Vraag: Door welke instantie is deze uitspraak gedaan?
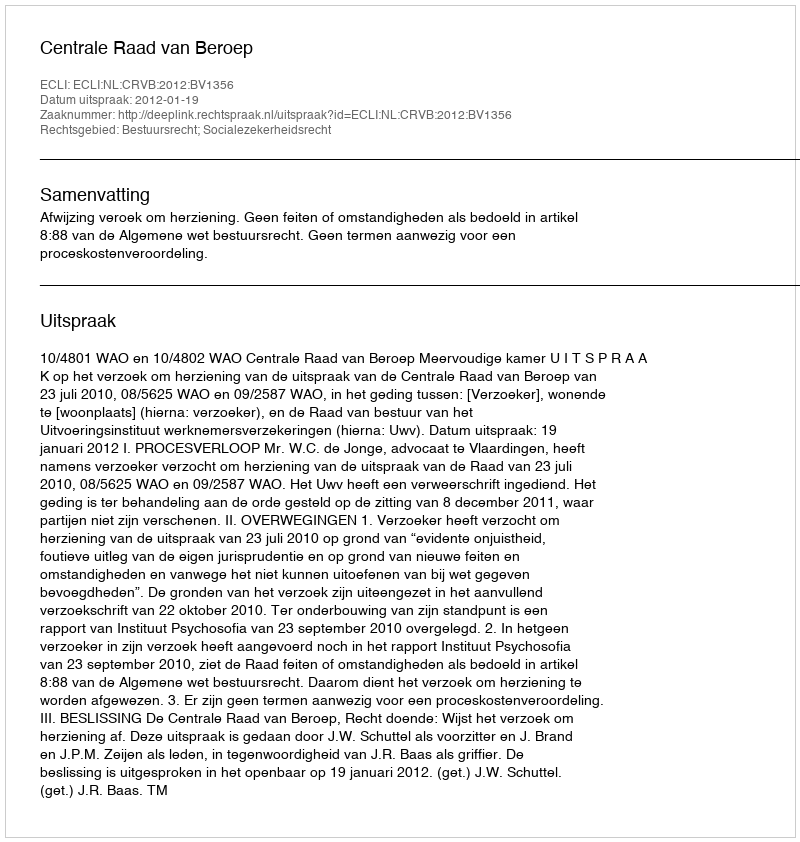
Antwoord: Centrale Raad van Beroep